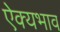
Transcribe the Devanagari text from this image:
ऐक्यभाव